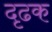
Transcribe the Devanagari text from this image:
दृढक